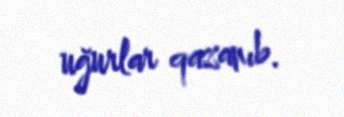
uğurlar qazanıb.